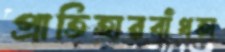
প্রাতিহারবাঁধতা